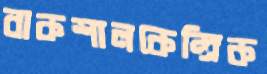
বাকশালকেন্দ্রিক